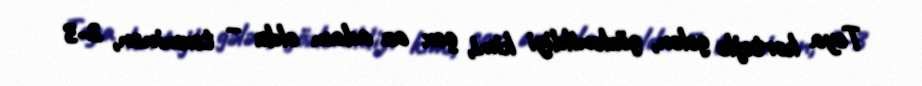
Toya kortejlə gələn, gözlənildiyi kimi, çox az adam oldu – təxminən, 2-3